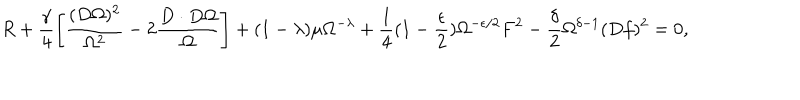
LaTeX: R + \frac { \gamma } { 4 } \left[ \frac { ( D \Omega ) ^ { 2 } } { \Omega ^ { 2 } } - 2 \frac { D \cdot D \Omega } { \Omega } \right] + ( 1 - \lambda ) \mu \Omega ^ { - \lambda } + \frac { 1 } { 4 } ( 1 - \frac { \epsilon } { 2 } ) \Omega ^ { - \epsilon / 2 } F ^ { 2 } - \frac { \delta } { 2 } \Omega ^ { \delta - 1 } ( D f ) ^ { 2 } = 0 ,